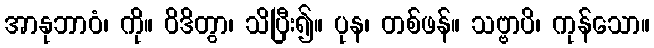
အာနုဘာဝံ၊ ကို။ ဝိဒိတွာ၊ သိပြီး၍။ ပုန၊ တစ်ဖန်။ သဗ္ဗာပိ၊ ကုန်သော။